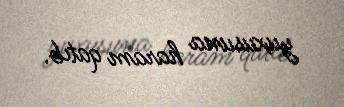
yuxusuna haram qatıb.